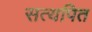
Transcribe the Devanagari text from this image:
सत्यपित